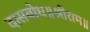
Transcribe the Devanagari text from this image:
दासबोध॥श्रीराम॥